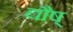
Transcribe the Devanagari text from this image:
द्यौष्